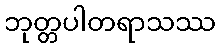
ဘုတ္တပါတရာသဿ